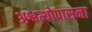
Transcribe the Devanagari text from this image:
अश्वत्थोपासना